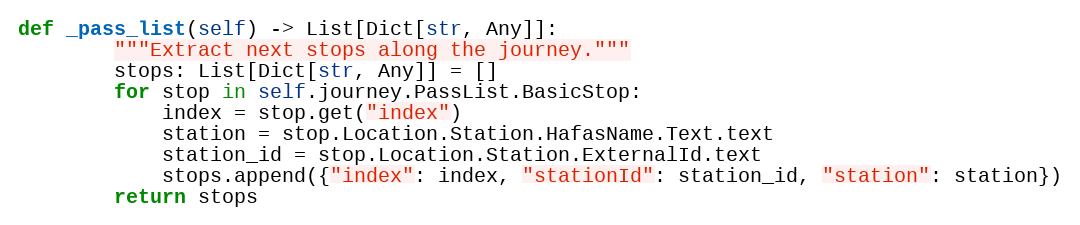
Language: Python
def _pass_list(self) -> List[Dict[str, Any]]:
        """Extract next stops along the journey."""
        stops: List[Dict[str, Any]] = []
        for stop in self.journey.PassList.BasicStop:
            index = stop.get("index")
            station = stop.Location.Station.HafasName.Text.text
            station_id = stop.Location.Station.ExternalId.text
            stops.append({"index": index, "stationId": station_id, "station": station})
        return stops